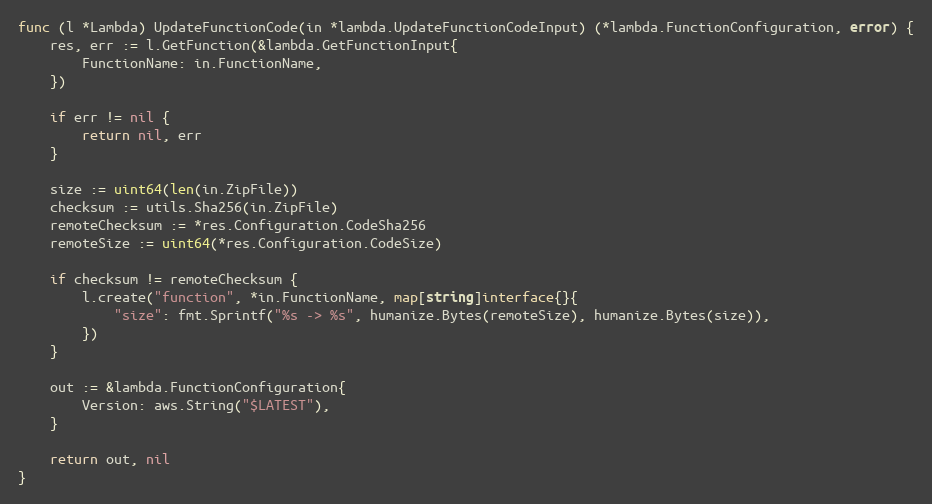
Language: Go
func (l *Lambda) UpdateFunctionCode(in *lambda.UpdateFunctionCodeInput) (*lambda.FunctionConfiguration, error) {
	res, err := l.GetFunction(&lambda.GetFunctionInput{
		FunctionName: in.FunctionName,
	})

	if err != nil {
		return nil, err
	}

	size := uint64(len(in.ZipFile))
	checksum := utils.Sha256(in.ZipFile)
	remoteChecksum := *res.Configuration.CodeSha256
	remoteSize := uint64(*res.Configuration.CodeSize)

	if checksum != remoteChecksum {
		l.create("function", *in.FunctionName, map[string]interface{}{
			"size": fmt.Sprintf("%s -> %s", humanize.Bytes(remoteSize), humanize.Bytes(size)),
		})
	}

	out := &lambda.FunctionConfiguration{
		Version: aws.String("$LATEST"),
	}

	return out, nil
}